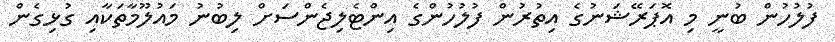
ފުލުހުން ބުނީ މި އޮޕަރޭޝަނުގެ އިތުރުން ފުލުހުންގެ އިންޓެލިޖެންސަށް ލިބުނު މައުލޫމާތަކާއި ގުޅިގެން